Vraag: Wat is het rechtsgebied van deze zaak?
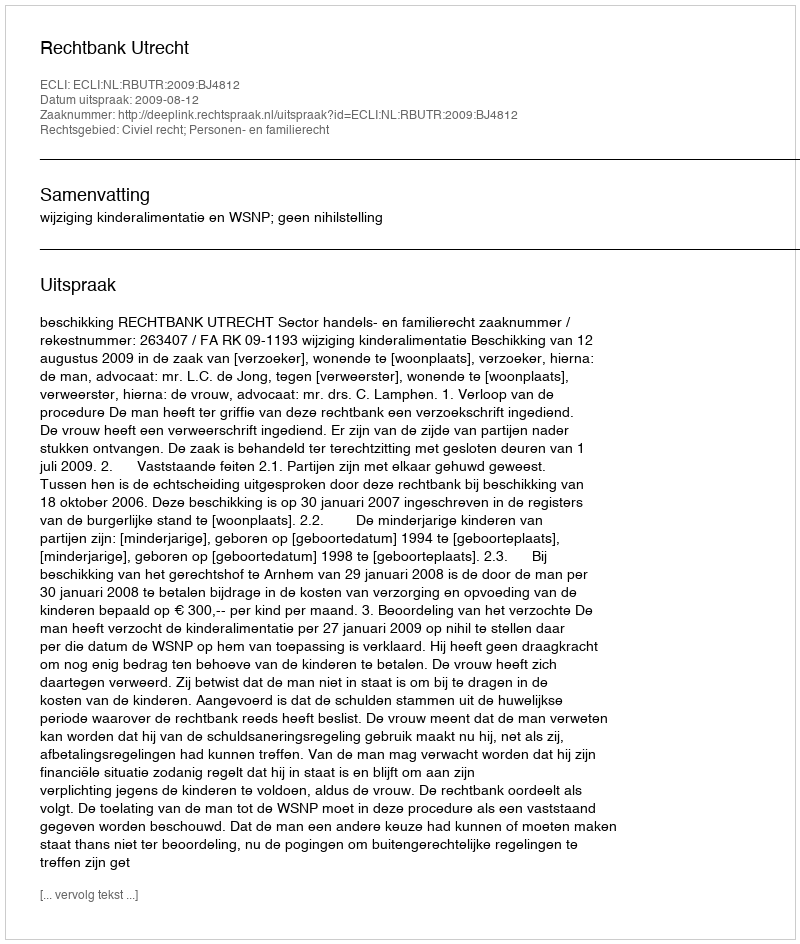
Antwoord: Civiel recht; Personen- en familierecht